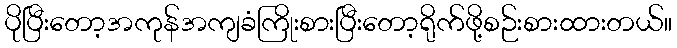
ပိုပြီးတော့အကုန်အကျခံကြိုးစားပြီးတော့ရိုက်ဖို့စဉ်းစားထားတယ်။